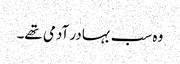
وہ سب بہادر آدمی تھے۔